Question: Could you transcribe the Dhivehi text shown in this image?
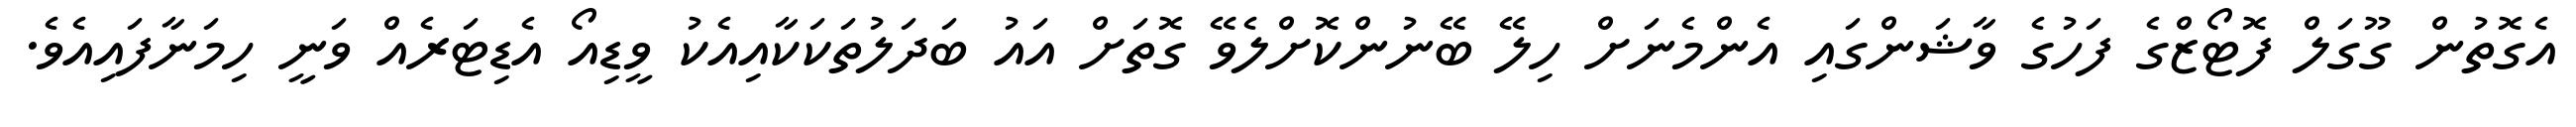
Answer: އެގޮތުން ގޫގަލް ފޮޓޯޒްގެ ފަހުގެ ވާޝަންގައި އެންމެނަށް ހިލޭ ބޭނުންކޮށްލެވޭ ގޮތަށް އައު ބަދަލުތަކަކާއިއެކު ވީޑިއޯ އެޑިޓަރެއް ވަނީ ހިމަނާފައިއެވެ.